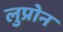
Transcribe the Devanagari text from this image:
लुप्रोन